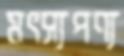
মৎস্যপণ্য